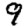
Digit: 9